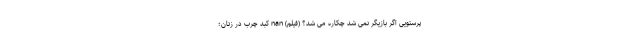
پرستویی اگر بازیگر نمی شد چکاره می شد؟ (فیلم) nan کبد چرب در زنان؛